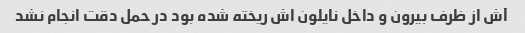
آش از ظرف بیرون و داخل نایلون اش ریخته شده بود در حمل دقت انجام نشد